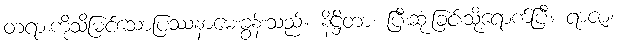
တရားကိုသိမြင်သောပြဿနာမေးခွန်းသည်။ နိဋ္ဌိတာ၊ ပြီးဆုံးခြင်းသို့ရောက်ပြီ။ ရာဇာ၊